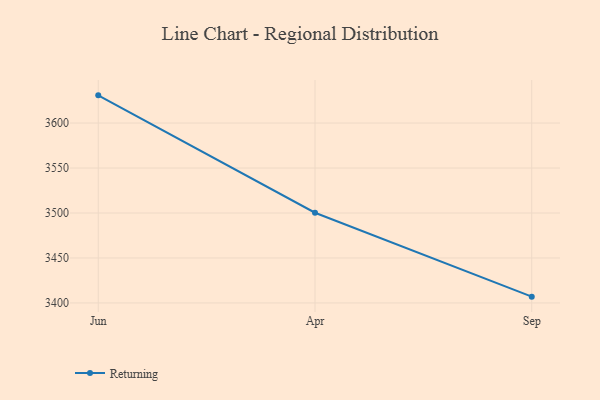
{"axis": {"x": "Month", "y": "Operating Costs (USD K)"}, "legend": ["Returning"], "data": [{"x": "Jun", "y": 3630.8, "type": "Returning"}, {"x": "Apr", "y": 3500.3, "type": "Returning"}, {"x": "Sep", "y": 3407.0, "type": "Returning"}]}